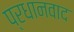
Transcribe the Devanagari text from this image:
प्रधानवाद